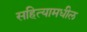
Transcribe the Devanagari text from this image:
सहित्यामधील